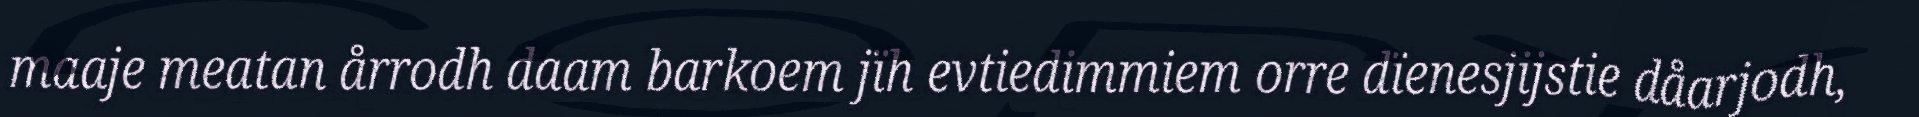
maaje meatan årrodh daam barkoem jïh evtiedimmiem orre dïenesjijstie dåarjodh,